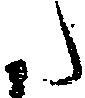
た